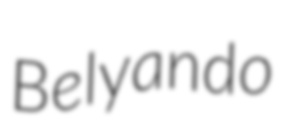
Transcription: Belyando